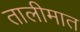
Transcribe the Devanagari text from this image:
तालीमात